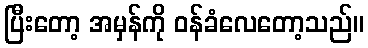
ပြီးတော့ အမှန်ကို ဝန်ခံလေတော့သည်။